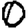
Digit: 0